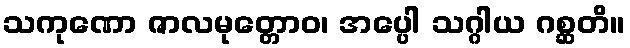
သကုဏော ဇာလမုတ္တောဝ၊ အပ္ပေါ သဂ္ဂါယ ဂစ္ဆတိ။